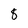
Character: 8